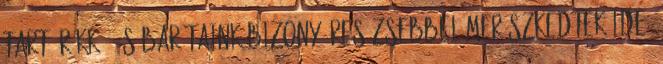
tart örökké, és barátaink bizony üres zsebbel merészkedtek ide,